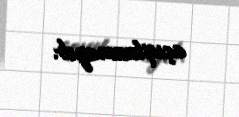
açıqlanmayıb.